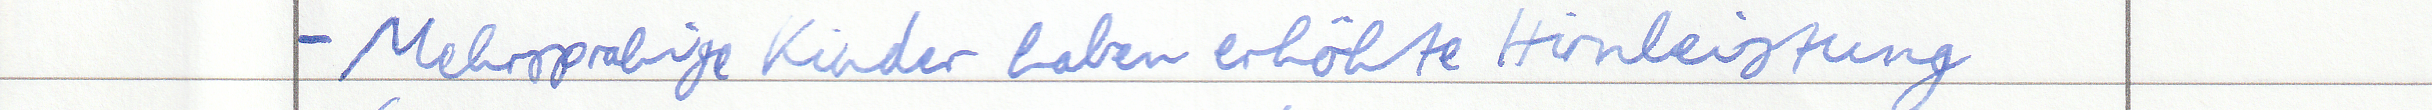
- Mehrsprachige Kinder haben erhöhte Hirnleistung